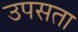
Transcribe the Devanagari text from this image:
उपसता